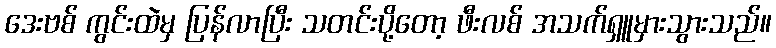
ဒေးဗစ် ကွင်းထဲမှ ပြန်လာပြီး သတင်းပို့တော့ ဖီးလစ် အသက်ရှူမှားသွားသည်။